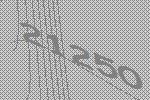
21250